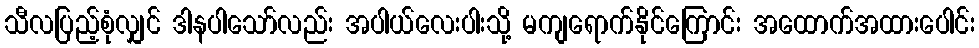
သီလပြည့်စုံလျှင် ဒါနပါသော်လည်း အပါယ်လေးပါးသို့ မကျရောက်နိုင်ကြောင်း အထောက်အထားပေါင်း